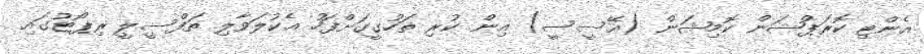
އެންޓި ކޮރަޕްޝަން ކޮމިޝަން (އޭސީސީ) އިން ކުރި ތަހުގީގަށްފަހު އެކުލަވާލި ތަފްސީލީ ރިޕޯޓުގައި